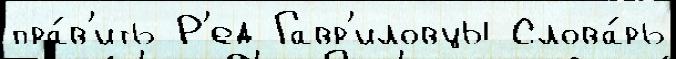
пра́в'ить Р'ед Гавр'иловцы Слова́рь